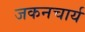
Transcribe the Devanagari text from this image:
जकनचार्य